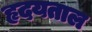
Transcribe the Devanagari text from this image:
हृदयताल